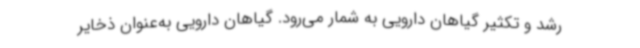
رشد و تکثیر گیاهان دارویی به شمار می‌رود. گیاهان دارویی به‌عنوان ذخایر